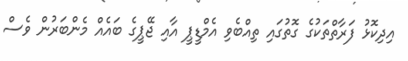
އިދިކޮޅު ފަރާތްތަކުގެ ގޮތުގައި ތިއްބެވި އެމްޑީޕީ އާއި ޖޭޕީގެ ބައެއް މެންބަރުން ވެސް